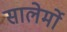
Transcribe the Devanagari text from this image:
सालेर्मो